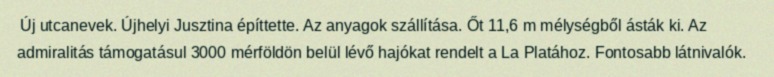
Új utcanevek. Újhelyi Jusztina építtette. Az anyagok szállítása. Őt 11,6 m mélységből ásták ki. Az admiralitás támogatásul 3000 mérföldön belül lévő hajókat rendelt a La Platához. Fontosabb látnivalók.